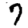
Digit: 7